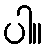
ပါ။